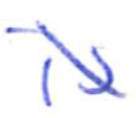
Text: is
Cross-out: diagonal
Writing tool: ballpoint